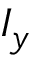
I _ { y }